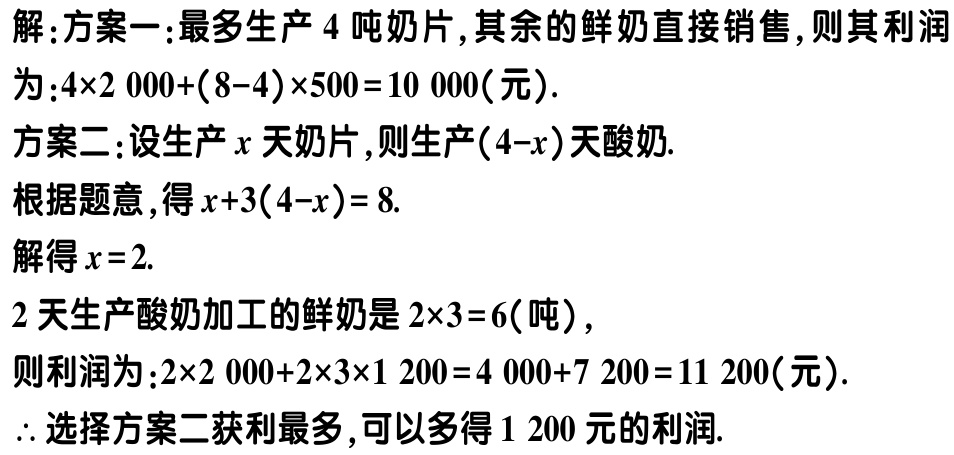
解：方案一：最多生产 \(4\) 吨奶片，其余的鲜奶直接销售，则其利润

为：\(4\times2\ 000+(8 - 4)\times500 = 10\ 000\)（元）.

方案二：设生产 \(x\) 天奶片，则生产 \((4 - x)\) 天酸奶.

根据题意，得 \(x + 3(4 - x)= 8\).

解得 \(x = 2\).

\(2\) 天生产酸奶加工的鲜奶是 \(2\times3 = 6\)（吨），

则利润为：\(2\times2\ 000+2\times3\times1\ 200 = 4\ 000+7\ 200 = 11\ 200\)（元）.

\(\therefore\) 选择方案二获利最多，可以多得 \(1\ 200\) 元的利润.